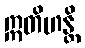
ဣတိဟန္တိ